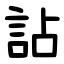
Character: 詀